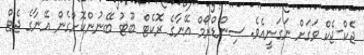
ޖެކް-ޖެކް ވަގަށް ނަގަނީއެވެ. ސިންޑްރޯމް އޭނާގެ ރޮކެޓް ބޫޓު ބޭނުންކޮށްގެން އޭނާގެ ޖެޓް